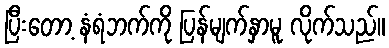
ပြီးတော့ နံရံဘက်ကို ပြန်မျက်နှာမူ လိုက်သည်။